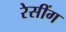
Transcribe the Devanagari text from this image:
रेसींग